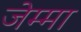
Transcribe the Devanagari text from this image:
जेम्मा